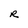
Character: R